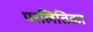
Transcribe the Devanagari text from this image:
परलितिका